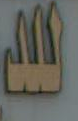
الله